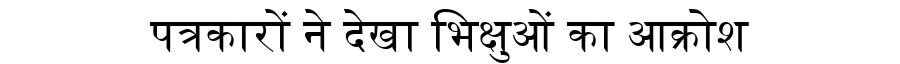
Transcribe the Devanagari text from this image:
पत्रकारों ने देखा भिक्षुओं का आक्रोश